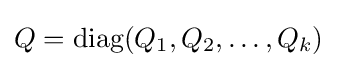
Q=\operatorname {diag} (Q_{1},Q_{2},\dots ,Q_{k})